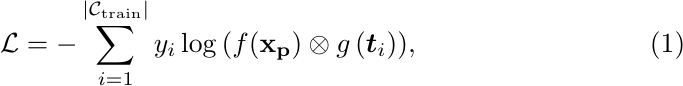
\begin{equation}
    \label{SPL loss}
  \mathcal{L} = -\sum^{\left|\mathcal{C_{\text{train}}}\right|}_{i=1}  y_i \log{( f(\mathbf{\mathbf{x_p}})\otimes g\left(\boldsymbol{t}_i \right))},
\end{equation}